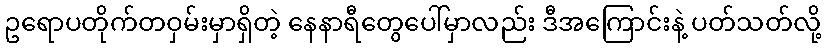
ဥရောပတိုက်တဝှမ်းမှာရှိတဲ့ နေနာရီတွေပေါ်မှာလည်း ဒီအကြောင်းနဲ့ ပတ်သတ်လို့